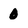
Character: 0